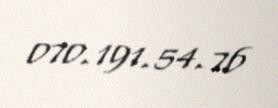
070.191.54.76